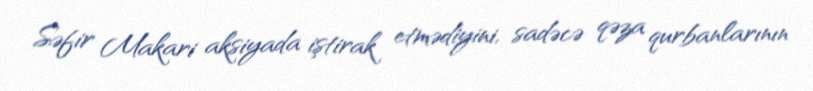
Səfir Makari aksiyada iştirak etmədiyini, sadəcə qəza qurbanlarının